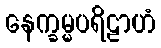
နေက္ခမ္မပရိဠာဟံ